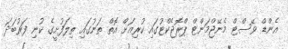
އެންޑް ވޭސްޓް މެނޭޖްމަންޓް ޕްރޮޖެކްޓުގައި ކުރިއަށް އޮތް ތަނުގައި ތިލަފުށީގެ ކުނި ފަރުބަދަ